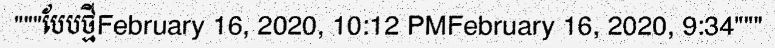
"""បែបថ្មីFebruary 16, 2020, 10:12 PMFebruary 16, 2020, 9:34"""